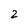
Character: 2